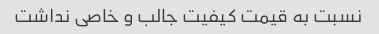
نسبت به قیمت کیفیت جالب و خاصی نداشت